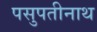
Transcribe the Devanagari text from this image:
पसुपतीनाथ